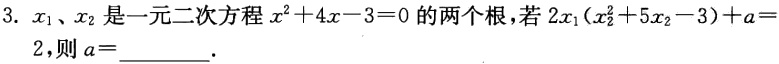
3. $x_1、x_2$是一元二次方程$x^{2}+4x - 3 = 0$的两个根，若$2x_1(x_2^{2}+5x_2 - 3)+a = 2$，则$a =$________.